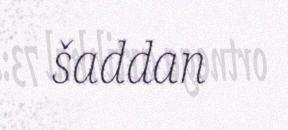
šaddan